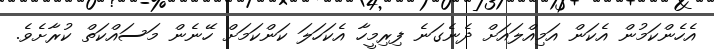
އެހެންކަމުން އެކަން އަމިއްލައަށް ދެނެގަނެ ފިރިމީހާ އެކަހަލަ ކަންކަމަށް ހޭނެން މަސައްކަތް ކުރާށެވެ.